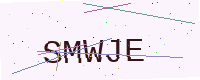
Text: SMWJE